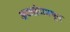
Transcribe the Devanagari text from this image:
अटलांटामधून